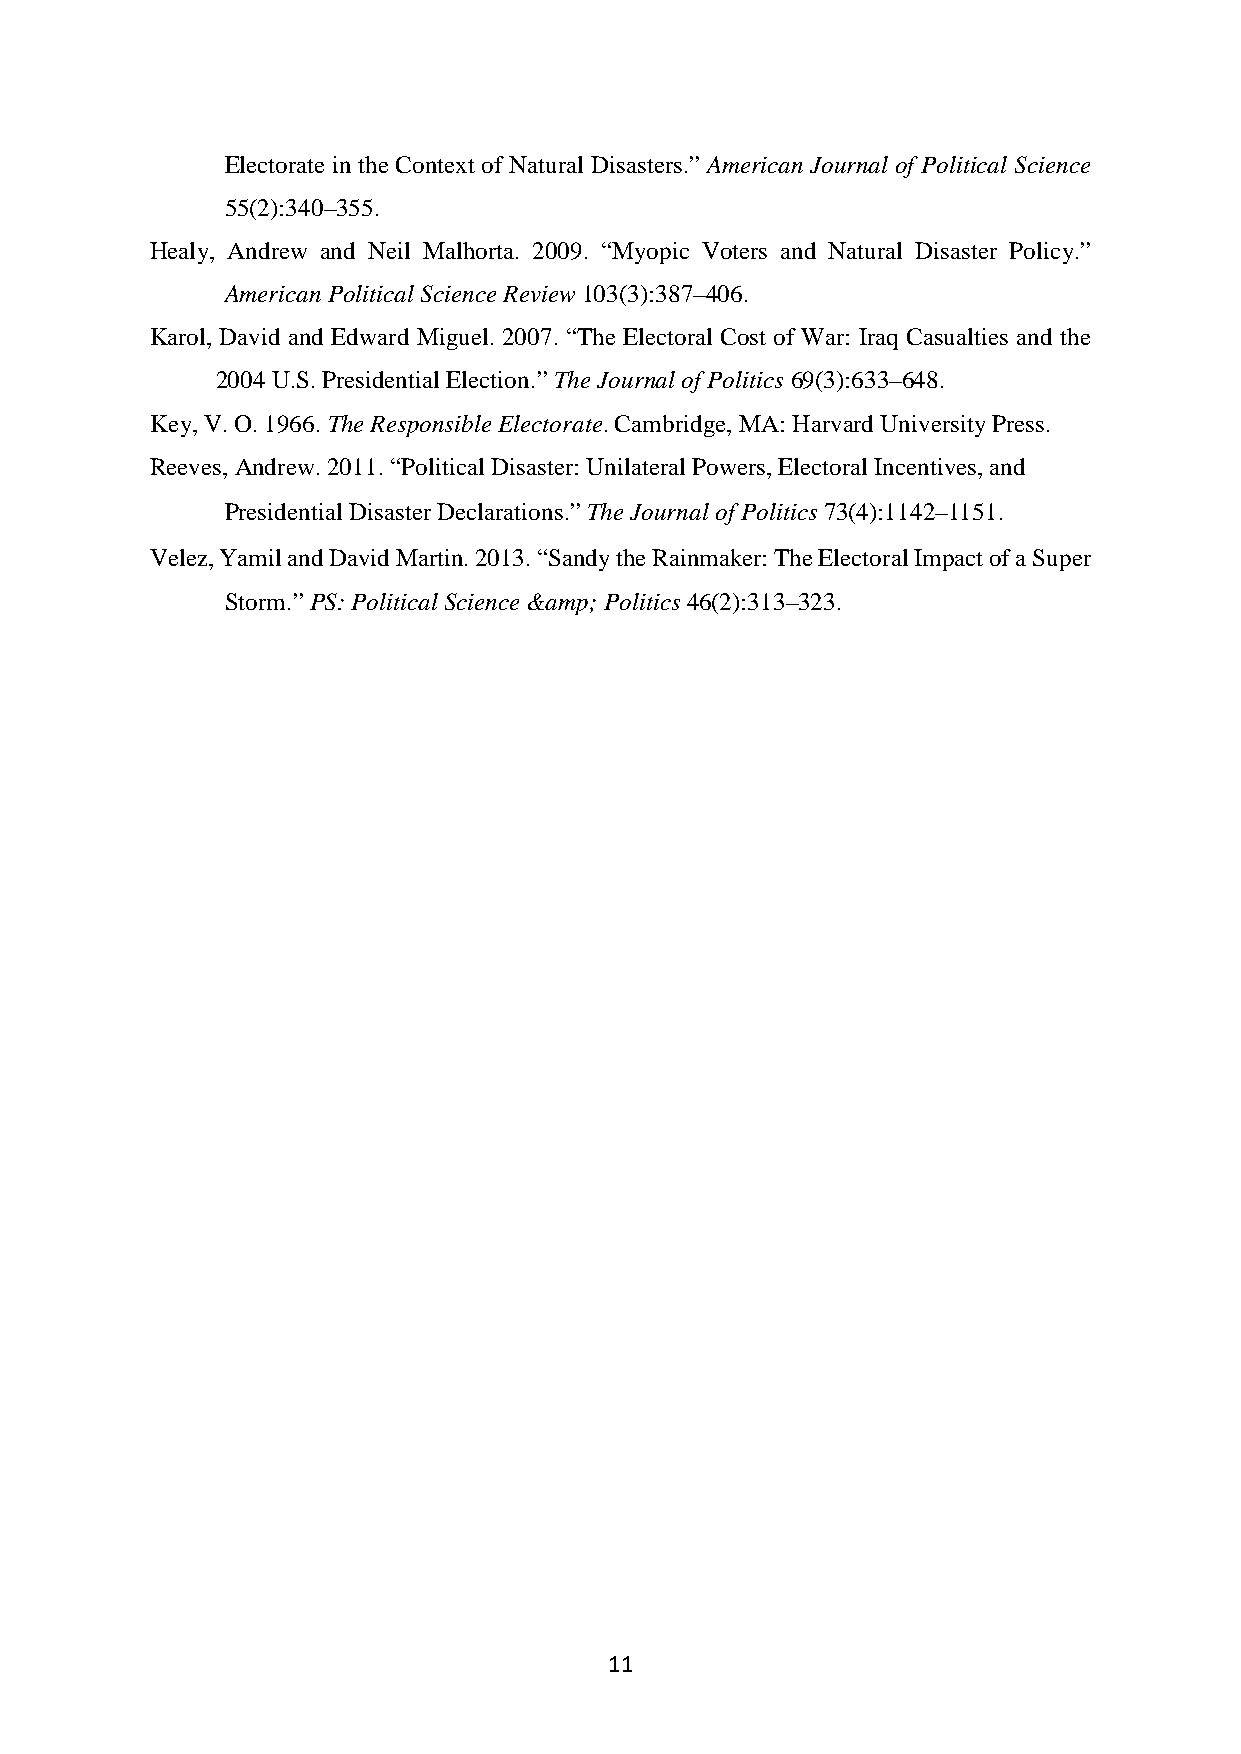
Electorate in the Context of Natural Disasters.” American Journal of Political Science
 55(2):340–355.
 Healy, Andrew and Neil Malhorta. 2009. “Myopic Voters and Natural Disaster Policy.”
 American Political Science Review 103(3):387–406.
 Karol, David and Edward Miguel. 2007. “The Electoral Cost of War: Iraq Casualties and the
 2004 U.S. Presidential Election.” The Journal of Politics 69(3):633–648.
 Key, V. O. 1966. The Responsible Electorate. Cambridge, MA: Harvard University Press.
 Reeves, Andrew. 2011. “Political Disaster: Unilateral Powers, Electoral Incentives, and
 Presidential Disaster Declarations.” The Journal of Politics 73(4):1142–1151.
 Velez, Yamil and David Martin. 2013. “Sandy the Rainmaker: The Electoral Impact of a Super
 Storm.” PS: Political Science &amp; Politics 46(2):313–323.
 11